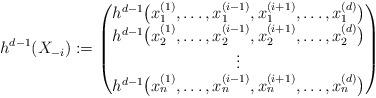
LaTeX: \begin{align*} h^{d-1}(X_{-i}):=\begin{pmatrix} h^{d-1}\big(x^{(1)}_1,\dots,x^{(i-1)}_1,x^{(i+1)}_1,\dots,x^{(d)}_1\big)\\ h^{d-1}\big(x^{(1)}_2,\dots,x^{(i-1)}_2,x^{(i+1)}_2,\dots,x^{(d)}_2\big)\\ \vdots\\ h^{d-1}\big(x^{(1)}_n,\dots,x^{(i-1)}_n,x^{(i+1)}_n,\dots,x^{(d)}_n\big) \end{pmatrix}\end{align*}